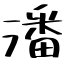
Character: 潘